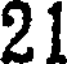
21